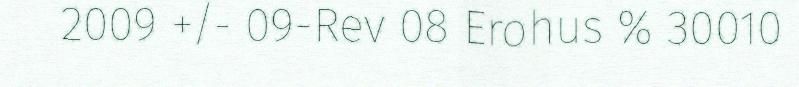
2009 +/- 09-Rev 08 Erohus % 30010